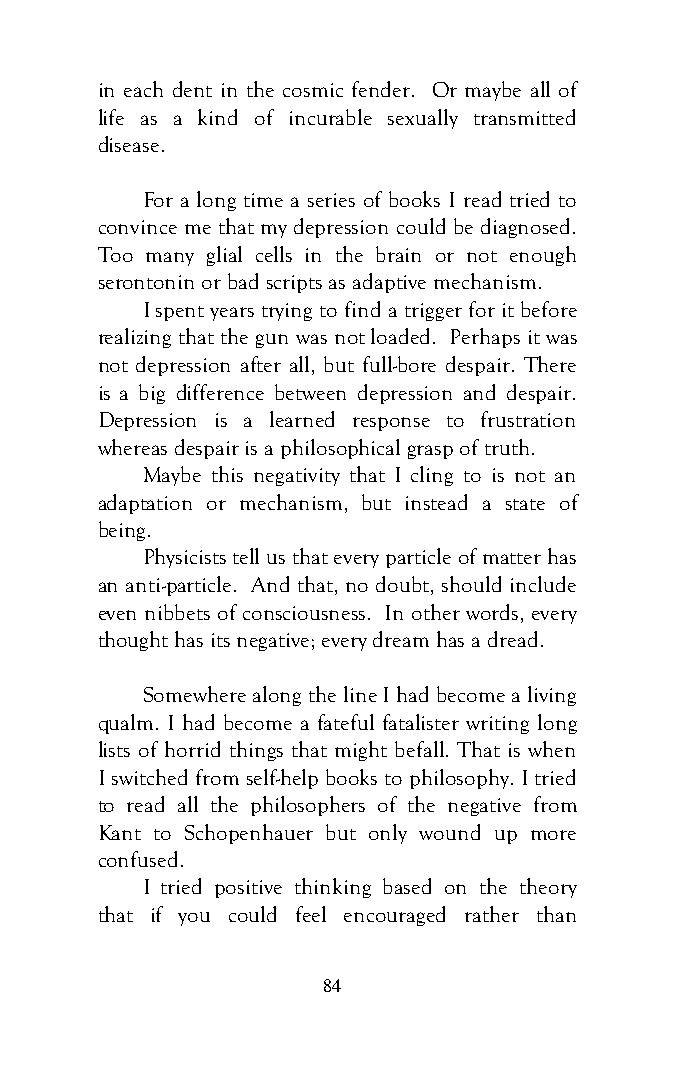
in each dent in the cosmic fender. Or maybe all of
 life as a kind of incurable sexually transmitted
 disease.
 For a long time a series of books I read tried to
 convince me that my depression could be diagnosed.
 Too many glial cells in the brain or not enough
 serontonin or bad scripts as adaptive mechanism.
 I spent years trying to find a trigger for it before
 realizing that the gun was not loaded. Perhaps it was
 not depression after all, but full-bore despair. There
 is a big difference between depression and despair.
 Depression is a learned response to frustration
 whereas despair is a philosophical grasp of truth.
 Maybe this negativity that I cling to is not an
 adaptation or mechanism, but instead a state of
 being.
 Physicists tell us that every particle of matter has
 an anti-particle. And that, no doubt, should include
 even nibbets of consciousness. In other words, every
 thought has its negative; every dream has a dread.
 Somewhere along the line I had become a living
 qualm. I had become a fateful fatalister writing long
 lists of horrid things that might befall. That is when
 I switched from self-help books to philosophy. I tried
 to read all the philosophers of the negative from
 Kant to Schopenhauer but only wound up more
 confused.
 I tried positive thinking based on the theory
 that if you could feel encouraged rather than
 84